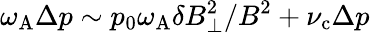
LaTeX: \omega_{\mathrm{A}}\Delta p\sim p_{0}\omega_{\mathrm{A}}\delta B_{\perp}^{2}/B^{2}+\nu_{\mathrm{c}}\Delta p